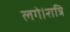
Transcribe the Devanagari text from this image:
लगे।रात्रि